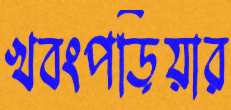
খবংপড়িয়ার